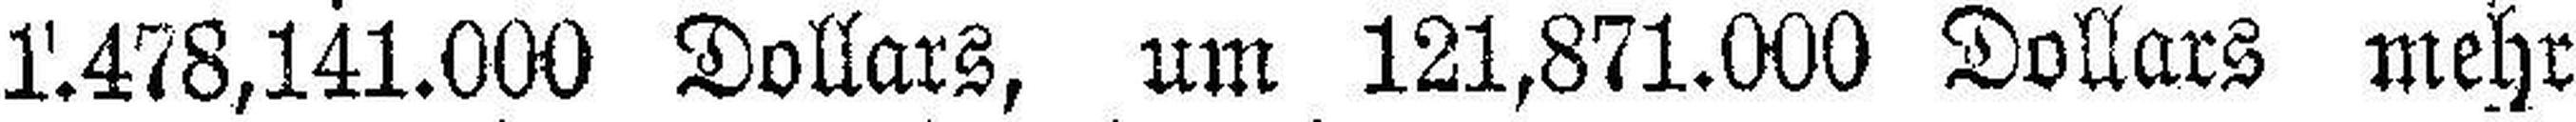
1.1478,141.000 Dollars, um 121,871.000 Dollars mehr